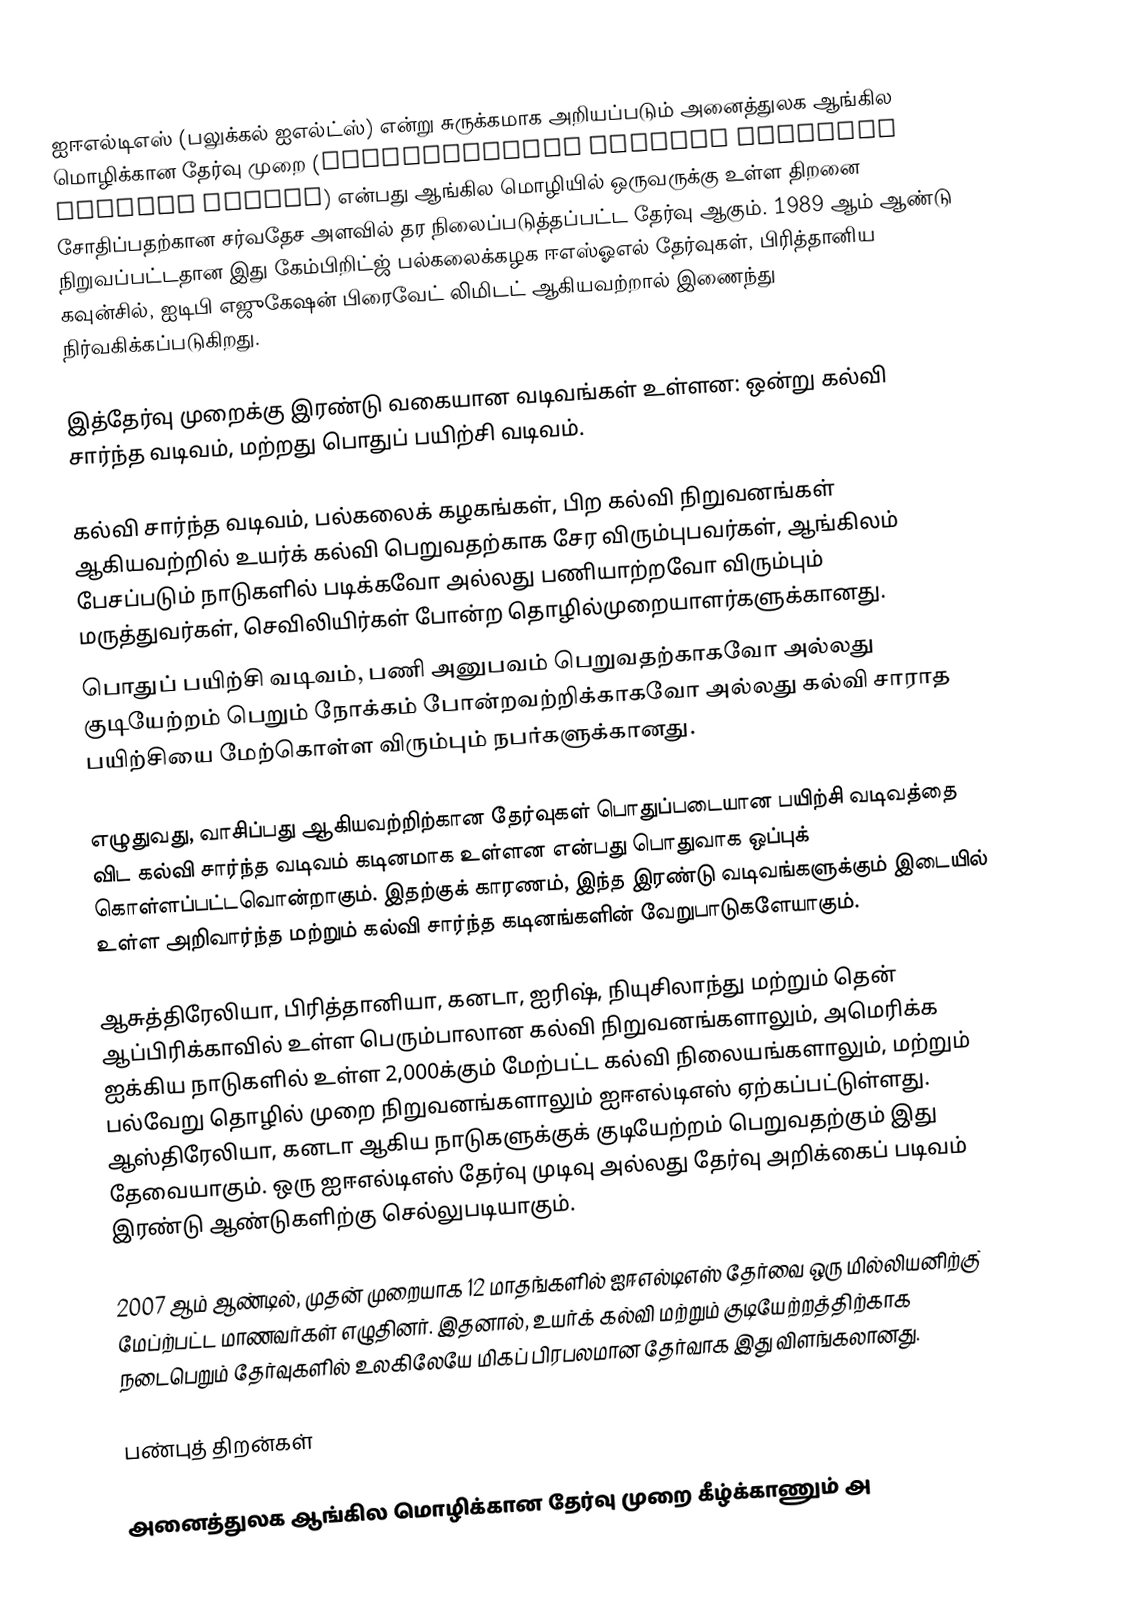
ஐஈஎல்டிஎஸ் (பலுக்கல் ஐஎல்ட்ஸ்) என்று சுருக்கமாக அறியப்படும் அனைத்துலக ஆங்கில மொழிக்கான தேர்வு முறை (International English Language Testing System) என்பது ஆங்கில மொழியில் ஒருவருக்கு உள்ள திறனை சோதிப்பதற்கான சர்வதேச அளவில் தர நிலைப்படுத்தப்பட்ட தேர்வு ஆகும். 1989 ஆம் ஆண்டு நிறுவப்பட்டதான இது கேம்பிறிட்ஜ் பல்கலைக்கழக ஈஎஸ்ஓஎல் தேர்வுகள், பிரித்தானிய கவுன்சில், ஐடிபி எஜுகேஷன் பிரைவேட் லிமிடட் ஆகியவற்றால் இணைந்து நிர்வகிக்கப்படுகிறது.

இத்தேர்வு முறைக்கு இரண்டு வகையான வடிவங்கள் உள்ளன: ஒன்று கல்வி சார்ந்த வடிவம், மற்றது பொதுப் பயிற்சி வடிவம்.

 கல்வி சார்ந்த வடிவம், பல்கலைக் கழகங்கள், பிற கல்வி நிறுவனங்கள் ஆகியவற்றில் உயர்க் கல்வி பெறுவதற்காக சேர விரும்புபவர்கள், ஆங்கிலம் பேசப்படும் நாடுகளில் படிக்கவோ அல்லது பணியாற்றவோ விரும்பும் மருத்துவர்கள், செவிலியிர்கள் போன்ற தொழில்முறையாளர்களுக்கானது.
 பொதுப் பயிற்சி வடிவம், பணி அனுபவம் பெறுவதற்காகவோ அல்லது குடியேற்றம் பெறும் நோக்கம் போன்றவற்றிக்காகவோ அல்லது கல்வி சாராத பயிற்சியை மேற்கொள்ள விரும்பும் நபர்களுக்கானது.

எழுதுவது, வாசிப்பது ஆகியவற்றிற்கான தேர்வுகள் பொதுப்படையான பயிற்சி வடிவத்தை விட கல்வி சார்ந்த வடிவம் கடினமாக உள்ளன என்பது பொதுவாக ஒப்புக் கொள்ளப்பட்டவொன்றாகும். இதற்குக் காரணம், இந்த இரண்டு வடிவங்களுக்கும் இடையில் உள்ள அறிவார்ந்த மற்றும் கல்வி சார்ந்த கடினங்களின் வேறுபாடுகளேயாகும்.

ஆசுத்திரேலியா, பிரித்தானியா, கனடா, ஐரிஷ், நியுசிலாந்து மற்றும் தென் ஆப்பிரிக்காவில் உள்ள பெரும்பாலான கல்வி நிறுவனங்களாலும், அமெரிக்க ஐக்கிய நாடுகளில் உள்ள 2,000க்கும் மேற்பட்ட கல்வி நிலையங்களாலும், மற்றும் பல்வேறு தொழில் முறை நிறுவனங்களாலும் ஐஈஎல்டிஎஸ் ஏற்கப்பட்டுள்ளது. ஆஸ்திரேலியா, கனடா ஆகிய நாடுகளுக்குக் குடியேற்றம் பெறுவதற்கும் இது தேவையாகும். ஒரு ஐஈஎல்டிஎஸ் தேர்வு முடிவு அல்லது தேர்வு அறிக்கைப் படிவம் இரண்டு ஆண்டுகளிற்கு செல்லுபடியாகும்.

2007 ஆம் ஆண்டில், முதன் முறையாக 12 மாதங்களில் ஐஈஎல்டிஎஸ் தேர்வை ஒரு மில்லியனிற்கு் மேப்ற்பட்ட மாணவர்கள் எழுதினர். இதனால், உயர்க் கல்வி மற்றும் குடியேற்றத்திற்காக நடைபெறும் தேர்வுகளில் உலகிலேயே மிகப் பிரபலமான தேர்வாக இது விளங்கலானது.

பண்புத் திறன்கள்

அனைத்துலக ஆங்கில மொழிக்கான தேர்வு முறை கீழ்க்காணும் அ